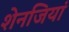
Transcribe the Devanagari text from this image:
शेनजियां